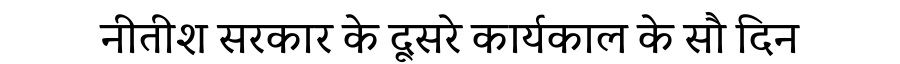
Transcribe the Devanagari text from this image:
नीतीश सरकार के दूसरे कार्यकाल के सौ दिन